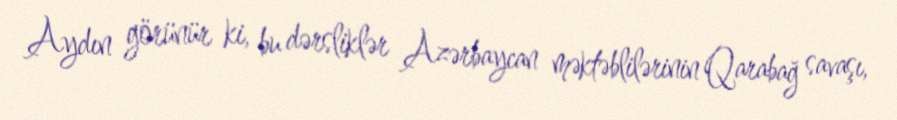
Aydın görünür ki, bu dərsliklər Azərbaycan məktəblilərinin Qarabağ savaşı,